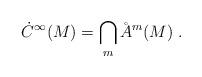
LaTeX: \begin{align*}\dot C^\infty(M)=\bigcap_m\AA^m(M)\;.\end{align*}